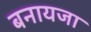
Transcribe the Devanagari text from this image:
बनायजा